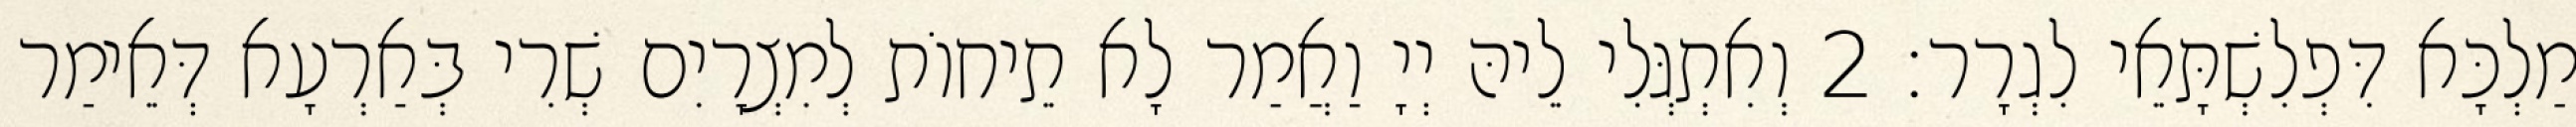
מַלְכָּא דִּפְלִשְׁתָּאֵי לִגְרָר׃ 2 וְאִתְגְּלִי לֵיהּ יְיָ וַאֲמַר לָא תֵיחוֹת לְמִצְרָיִם שְׁרִי בְּאַרְעָא דְּאֵימַר